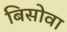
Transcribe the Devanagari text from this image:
बिसोवा